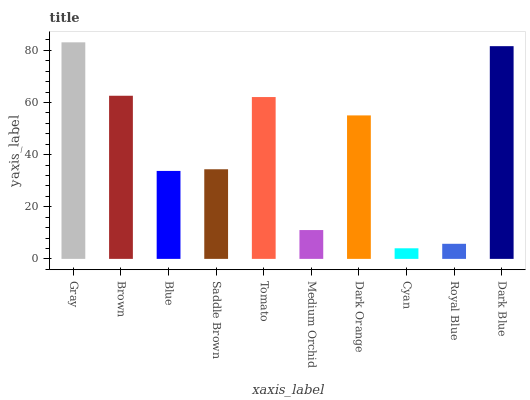
| xaxis_label | bars |
 | --- | --- |
 | Gray | 83.1 |
 | Brown | 62.6 |
 | Blue | 33.7 |
 | Saddle Brown | 34.4 |
 | Tomato | 62.1 |
 | Medium Orchid | 11.1 |
 | Dark Orange | 55 |
 | Cyan | 4.06 |
 | Royal Blue | 5.79 |
 | Dark Blue | 81.6 |